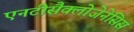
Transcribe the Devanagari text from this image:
एनटीसैक्लोजेनेसिस